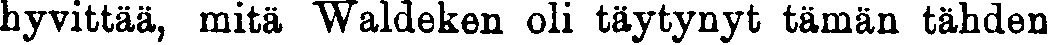
hyvittää, mitä Waldeken oli täytynyt tämän tähden